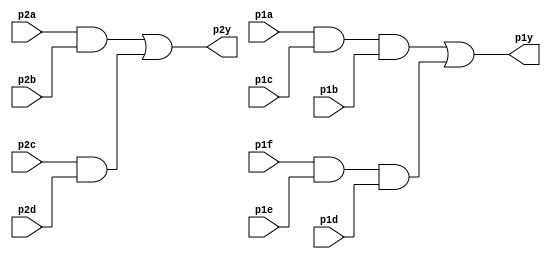
module top_module (
    input p1a, p1b, p1c, p1d, p1e, p1f,
    output p1y,
    input p2a, p2b, p2c, p2d,
    output p2y );
    // assign p1y=(p1a&p1c&p1b)|(p1f&p1e&p1d);
    // assign p2y=(p2a&p2b)|(p2c&p2d);
  always @(*) begin
    p1y<=(p1a&p1c&p1b)|(p1f&p1e&p1d);
    p2y<=(p2a&p2b)|(p2c&p2d);
  end
endmodule